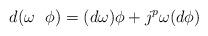
LaTeX: \begin{align*}d(\omega \ \ \phi )=(d\omega )\phi +j^p\omega (d\phi )\end{align*}